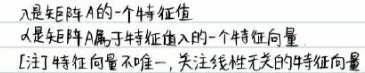
$\lambda$是矩阵$A$的一个特征值

$\alpha$是矩阵$A$属于特征值$\lambda$的一个特征向量

[注]特征向量不唯一，关注线性无关的特征向量